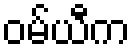
ဝမ်ယီက